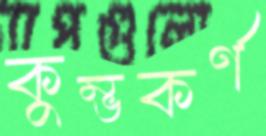
কুম্ভকর্ণ